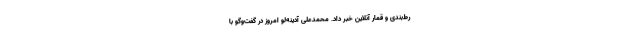
رط‌بندی و قمار آنلاین خبر داد. محمدعلی آدینه‌لو امروز در گفت‌وگو با